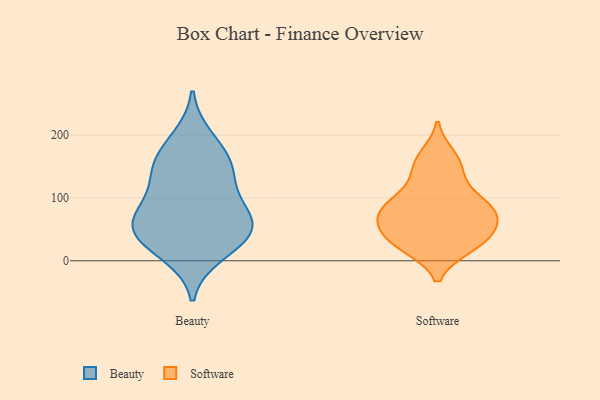
{"axis": {"x": "LTV (USD)", "y": "Value"}, "legend": ["Beauty", "Software"], "data": [{"x": "", "y": 50, "type": "Beauty"}, {"x": "", "y": 123, "type": "Beauty"}, {"x": "", "y": 41, "type": "Beauty"}, {"x": "", "y": 152, "type": "Beauty"}, {"x": "", "y": 57, "type": "Beauty"}, {"x": "", "y": 166, "type": "Beauty"}, {"x": "", "y": 82, "type": "Beauty"}, {"x": "", "y": 27, "type": "Beauty"}, {"x": "", "y": 195, "type": "Beauty"}, {"x": "", "y": 142, "type": "Beauty"}, {"x": "", "y": 11, "type": "Beauty"}, {"x": "", "y": 58, "type": "Beauty"}, {"x": "", "y": 82, "type": "Beauty"}, {"x": "", "y": 84, "type": "Software"}, {"x": "", "y": 40, "type": "Software"}, {"x": "", "y": 81, "type": "Software"}, {"x": "", "y": 60, "type": "Software"}, {"x": "", "y": 64, "type": "Software"}, {"x": "", "y": 23, "type": "Software"}, {"x": "", "y": 109, "type": "Software"}, {"x": "", "y": 78, "type": "Software"}, {"x": "", "y": 23, "type": "Software"}, {"x": "", "y": 165, "type": "Software"}, {"x": "", "y": 152, "type": "Software"}, {"x": "", "y": 34, "type": "Software"}, {"x": "", "y": 75, "type": "Software"}, {"x": "", "y": 148, "type": "Software"}, {"x": "", "y": 32, "type": "Software"}, {"x": "", "y": 96, "type": "Software"}]}